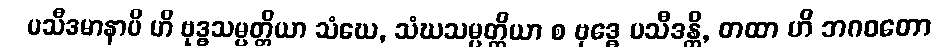
ပသီဒမာနာပိ ဟိ ဗုဒ္ဓသမ္ပတ္တိယာ သံဃေ, သံဃသမ္ပတ္တိယာ စ ဗုဒ္ဓေ ပသီဒန္တိ, တထာ ဟိ ဘဂဝတော